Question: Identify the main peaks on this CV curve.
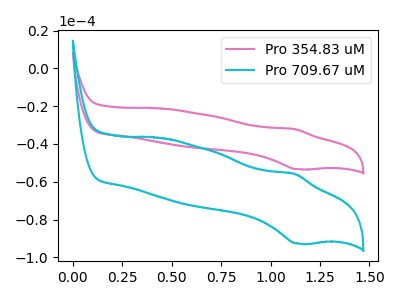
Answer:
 <answer>The pink curve "Pro 354.83 uM" has an anodic peak at (1.10V, -32.10uA) and a cathodic peak at (1.15V, -53.30uA). The cyan curve "Pro 709.67 uM" has an anodic peak at (1.10V, -55.85uA) and a cathodic peak at (1.15V, -92.70uA).</answer>
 <eval></eval>